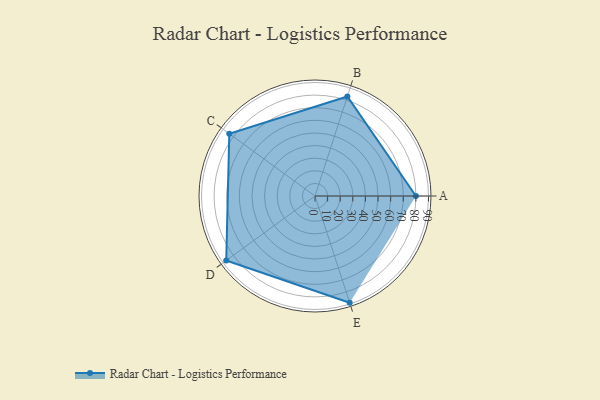
{"axis": {"x": "Skill", "y": "Score"}, "legend": ["Profile"], "data": [{"x": "A", "y": 80.0, "type": "Profile"}, {"x": "B", "y": 83.0, "type": "Profile"}, {"x": "C", "y": 84.0, "type": "Profile"}, {"x": "D", "y": 87.0, "type": "Profile"}, {"x": "E", "y": 89.0, "type": "Profile"}]}